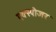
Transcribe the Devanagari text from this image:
एक्‍स्पोजर